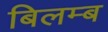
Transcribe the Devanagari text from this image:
बिलम्‍ब